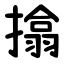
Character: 㩉